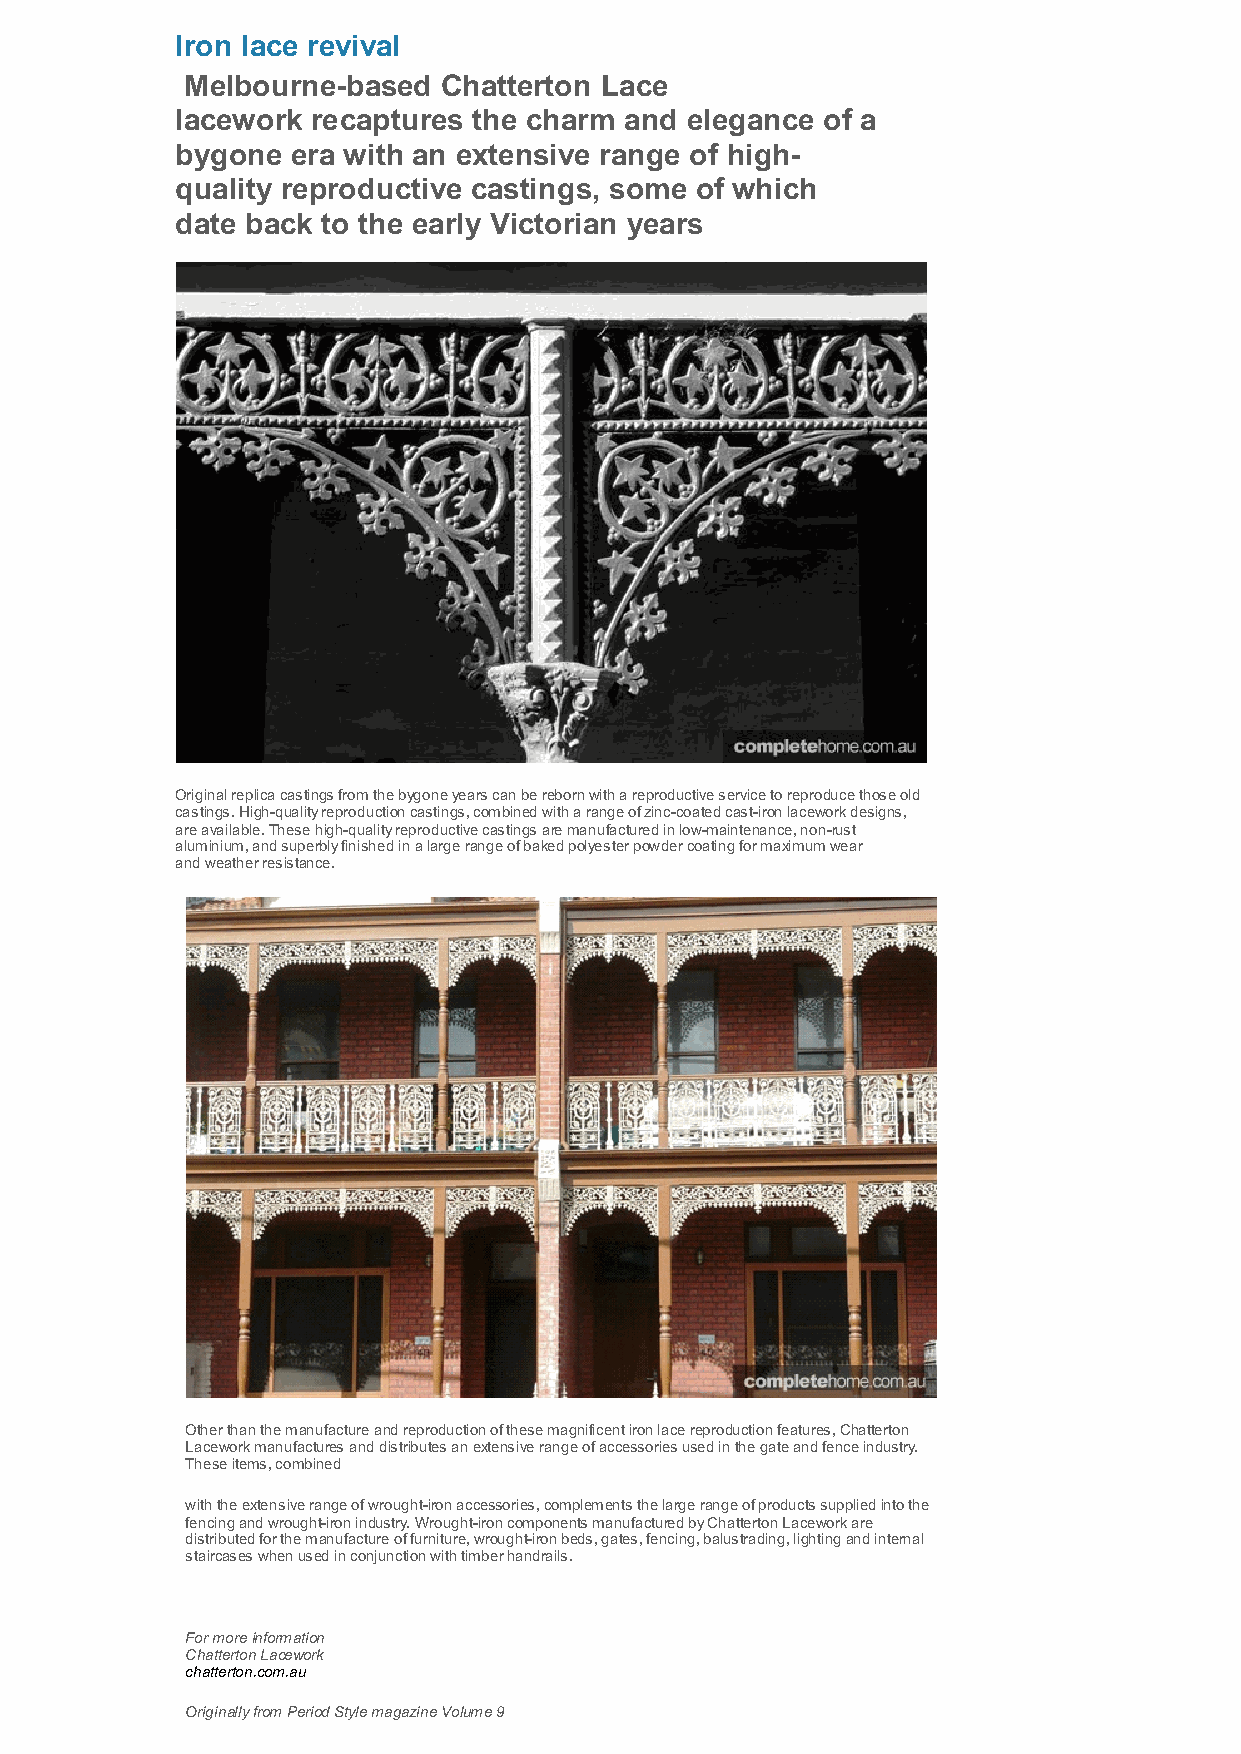
Iron lace revival
 Melbourne-based  Chatterton Lace
 lacework recaptures the charm and elegance of a
 bygone era with an extensive range of high-
 quality reproductive castings, some of which
 date back to the early Victorian years
 Original replica castings from the bygone years can be reborn with a reproductive service to reproduce those old
 castings. High-quality reproduction castings, combined with a range of zinc-coated cast-iron lacework designs,
 are available. These high-quality reproductive castings are manufactured in low-maintenance, non-rust
 aluminium, and superbly finished in a large range of baked polyester powder coating for maximum wear
 and weather resistance.
 Other than the manufacture and reproduction of these magnificent iron lace reproduction features, Chatterton
 Lacework manufactures and distributes an extensive range of accessories used in the gate and fence industry.
 These items, combined
 with the extensive range of wrought-iron accessories, complements the large range of products supplied into the
 fencing and wrought-iron industry. Wrought-iron components manufactured by Chatterton Lacework are
 distributed for the manufacture of furniture, wrought-iron beds, gates, fencing, balustrading, lighting and internal
 staircases when used in conjunction with timber handrails.
 For more information
 Chatterton Lacework
 chatterton.com.au
 Originally from Period Style magazine Volume 9